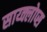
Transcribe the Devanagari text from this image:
साय्क्लोप्स